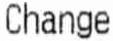
CHANGE